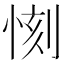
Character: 𱞤